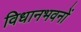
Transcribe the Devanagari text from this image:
विधानभवनों